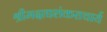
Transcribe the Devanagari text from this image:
श्रीमदाद्यशंकराचार्य